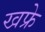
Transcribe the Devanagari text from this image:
खफ्रे